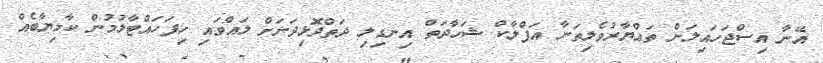
އޭނާ އިސްޖަހައިލަން ތައްޔާރުވެލިތަނާ އަފްލާކް ޝަހާދަތް އިނގިލި ދަތްދޮޅިދަށަށް ލައްވައި ހިފަހައްޓާލުމުން ކާމިޔާބެއް